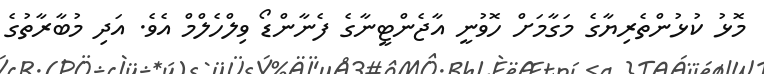
މޮޅު ކުޅުންތެރިޔާގެ މަގާމަށް ހޮވުނީ އާޖެންޓީނާގެ ފެނާންޑޯ ވިލްހެލްމް އެވެ. އަދި މުބާރާތުގެ